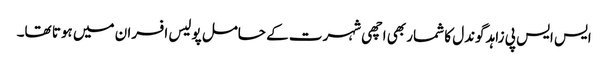
ایس ایس پی زاہد گوندل کا شمار بھی اچھی شہرت کے حامل پولیس افسران میں ہوتا تھا۔